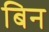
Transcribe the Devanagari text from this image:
बिन